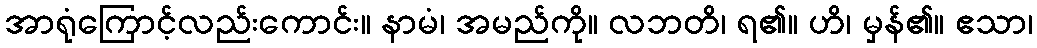
အာရုံကြောင့်လည်းကောင်း။ နာမံ၊ အမည်ကို။ လဘတိ၊ ရ၏။ ဟိ၊ မှန်၏။ ဧသာ၊